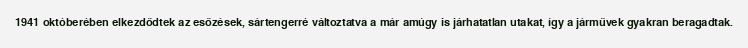
1941 októberében elkezdődtek az esőzések, sártengerré változtatva a már amúgy is járhatatlan utakat, így a járművek gyakran beragadtak.